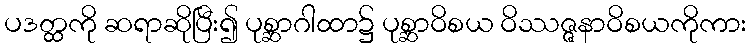
ပဒတ္ထကို ဆရာဆိုပြီး၍ ပုစ္ဆာဂါထာ၌ ပုစ္ဆာဝိစယ ဝိဿဇ္ဇနာဝိစယကိုကား